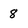
Character: 8